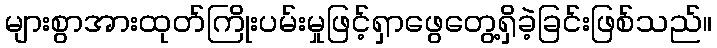
များစွာအားထုတ်ကြိုးပမ်းမှုဖြင့်ရှာဖွေတွေ့ရှိခဲ့ခြင်းဖြစ်သည်။